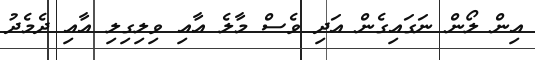
އިން ލޯން ނަގައިގެން އަދި ވެސް މާލެ އާއި ވިލިިގިލި އާއި ދެމެދު